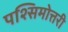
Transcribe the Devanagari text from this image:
पश्सिमोत्तरी